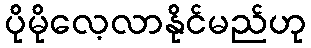
ပိုမိုလေ့လာနိုင်မည်ဟု